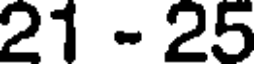
21 - 25